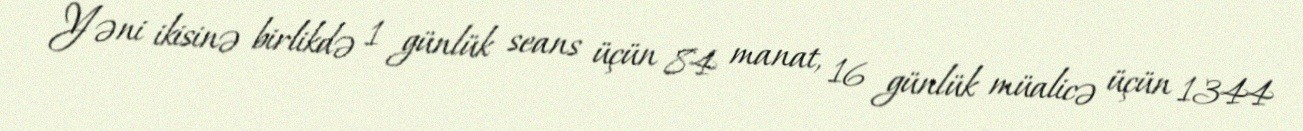
Yəni ikisinə birlikdə 1 günlük seans üçün 84 manat, 16 günlük müalicə üçün 1344